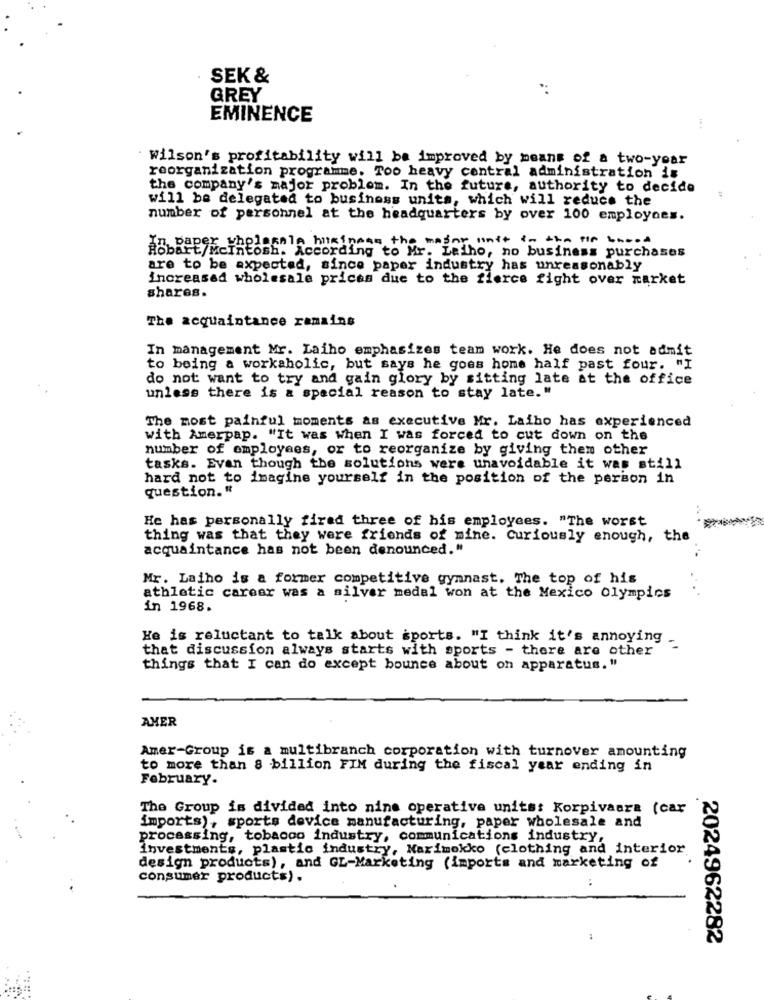
SEK &
GREY
EMINENCE
Wilson's profitability will be improved by means of a two-year
reorganization programme. Too heavy central administration is
the company's major problem. In the future, authority to decide
will be delegated to business units, which will reduce the
number of personnel at the headquarters by over 100 employees.
paper wholesale business the major natt in the tio brood
bart/Mcintosh. According to Mr. Leiho, no business purchases
are to be expected, since paper industry has unreasonably
increased wholesale prices due to the fierce fight over market
shares.
The acquaintance ramains
In management Mr. Laiho emphasizes team work. He does not admit
to being a workaholic, but says he goes home half past four. "I
do not want to try and gain glory by sitting late at the office
unless there is & special reason to stay late."
The most painful moments as executive Mr. Laiho has experienced
with Amerpap. "It was when I was forced to cut down on the
number of employees, or to reorganize by giving them other
tasks. Even though the solutions were unavoidable it was still
hard not to imagine yourself in the position of the person in
question. "
He has personally fired three of his employees. "The worst
thing was that they were friends of mine. Curiously enough, the
acquaintance has not been denounced."
Mr. Laiho is a former competitive gymnast. The top of his
athletic career was a silver medal won at the Mexico Olympics
in 1968.
He is reluctant to talk about sports. "I think it's annoying .
that discussion always starts with sports - there are other
things that I can do except bounce about on apparatus. "
AMER
Amer-Group is a multibranch corporation with turnover amounting
to more than 8 billion FIM during the fiscal year ending in
February.
The Group is divided into nine operative units: Korpivaara (car
imports), sports device manufacturing, paper wholesale and
processing, tobacco industry, communications industry,
investments, plastic industry, Marimekko (clothing and interior
design products), and GL-Marketing (imports and marketing of
consumer products) .
..
2024962282